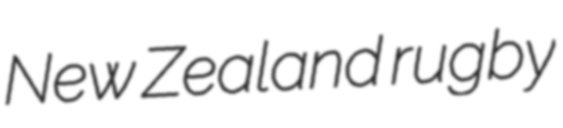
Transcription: New Zealand rugby